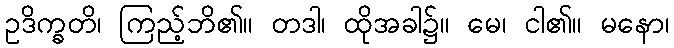
ဥဒိက္ခတိ၊ ကြည့်ဘိ၏။ တဒါ၊ ထိုအခါ၌။ မေ၊ ငါ၏။ မနော၊